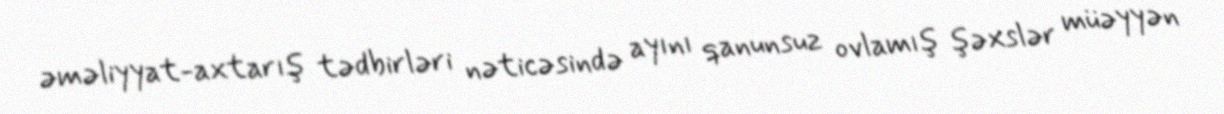
əməliyyat-axtarış tədbirləri nəticəsində ayını qanunsuz ovlamış şəxslər müəyyən